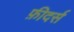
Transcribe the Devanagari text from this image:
फ़ीदर्स